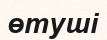
өтуші